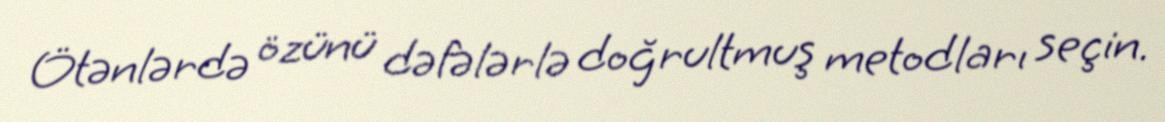
Ötənlərdə özünü dəfələrlə doğrultmuş metodları seçin.